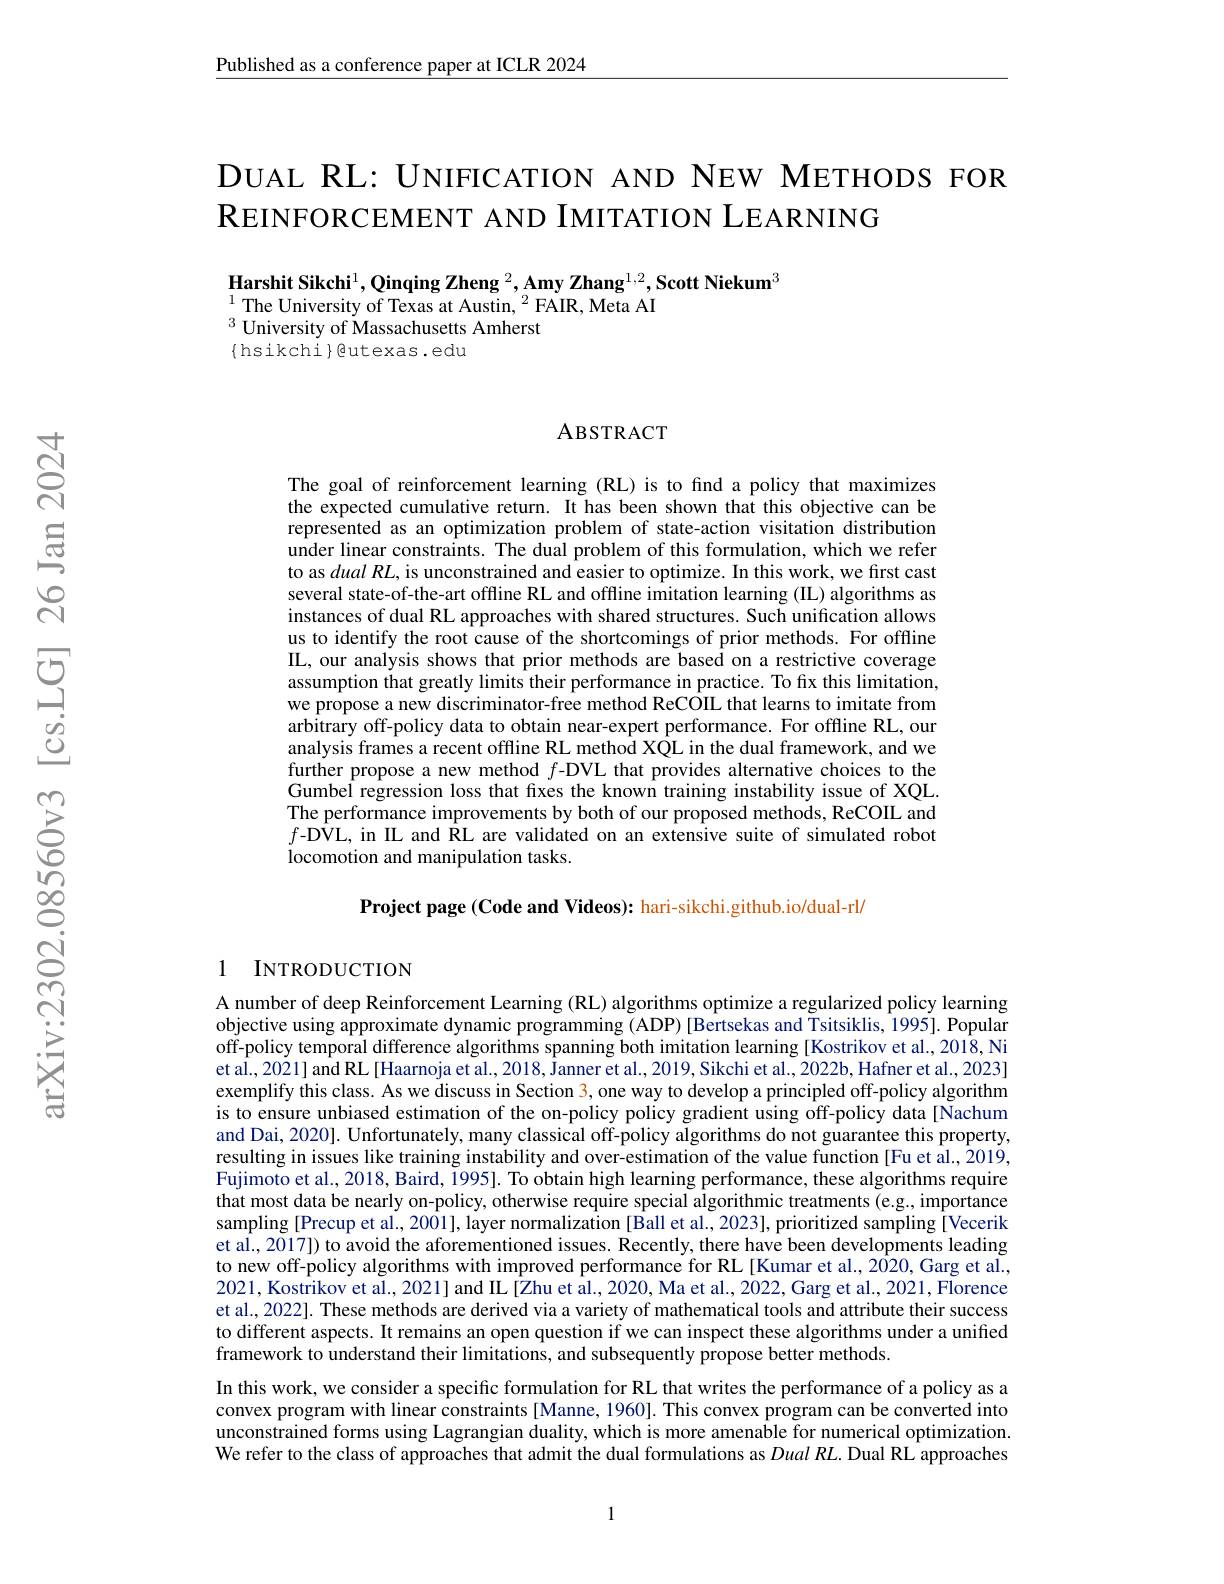
$\underline{\text{Published as a conference paper at ICLR 2024}}$

DUAL RL: UNIFICATION AND NEW METHODS FOR
$\mathbf{R}$EINFORCEMENT AND IMITATION LEARNING

Harshit Sikchi$^1,\textbf{Qinqing Zheng}^2,\textbf{Amy Zhang}^{1,2},\textbf{Scott Niekum}^3$
$^{1}{\mathrm{~The~University~of~Texas~at~Austin,~}^{2}}{\mathrm{~FAIR,~Meta~AI}}$
$^{3}$ University of Massachusetts Amherst
$\{$hsikchi$\}$eutexas.edu

ABSTRACT

The goal of reinforcement learning (RL) is to find a policy that maximizes the expected cumulative return. It has been shown that this objective can be represented as an optimization problem of state-action visitation distribution under linear constraints. The dual problem of this formulation, which we refer to as $dualRL$, is unconstrained and easier to optimize. In this work, we first cast several state-of-the-art offline RL and offline imitation learning (IL) algorithms as instances of dual RL approaches with shared structures. Such unification allows us to identify the root cause of the shortcomings of prior methods. For offline IL, our analysis shows that prior methods are based on a restrictive coverage assumption that greatly limits their performance in practice. To fix this limitation, we propose a new discriminator-free method ReCOIL that learns to imitate from arbitrary off-policy data to obtain near-expert performance. For offline RL, our analysis frames a recent offline RL method XQL in the dual framework, and we further propose a new method $f$-DVL that provides alternative choices to the Gumbel regression loss that fixes the known training instability issue of XQL. The performance improvements by both of our proposed methods, ReCOIL and $f$-DVL, in IL and RL are validated on an extensive suite of simulated robot locomotion and manipulation tasks.

Project page (Code and Videos): hari-sikchi.github.io/dual-rl/

### 1 INTRODUCTION

A number of deep Reinforcement Learning (RL) algorithms optimize a regularized policy learning objective using approximate dynamic programming (ADP) [Bertsekas and Tsitsiklis, 1995]. Popular off-policy temporal difference algorithms spanning both imitation learning [Kostrikov et al., 2018, Ni et al., 2021] and RL[Haarnoja et al., 2018, Janner et al., 2019, Sikchi et al., 2022b, Hafner et al., 2023] exemplify this class. As we discuss in Section 3, one way to develop a principled off-policy algorithm is to ensure unbiased estimation of the on-policy policy gradient using off-policy data[Nachum and Dai, 2020]. Unfortunately, many classical off-policy algorithms do not guarantee this property, resulting in issues like training instability and over-estimation of the value function [Fu et al., 2019, Fujimoto et al., 2018, Baird, 1995]. To obtain high learning performance, these algorithms require that most data be nearly on-policy, otherwise require special algorithmic treatments (e.g., importance sampling [Precup et al., 2001], layer normalization [Ball et al., 2023], prioritized sampling [Vecerik et al., 2017]) to avoid the aforementioned issues. Recently, there have been developments leading to new off-policy algorithms with improved performance for RL[Kumar et al., 2020, Garg et al., 2021, Kostrikov et al., 2021] and IL[Zhu et al., 2020, Ma et al., 2022, Garg et al., 2021, Florence et al., 2022]. These methods are derived via a variety of mathematical tools and attribute their success to different aspects. It remains an open question if we can inspect these algorithms under a unified framework to understand their limitations, and subsequently propose better methods.
In this work, we consider a specific formulation for RL that writes the performance of a policy as a convex program with linear constraints [Manne, 1960]. This convex program can be converted into unconstrained forms using Lagrangian duality, which is more amenable for numerical optimization. We refer to the class of approaches that admit the dual formulations as $Dual\textit{RL. Dual RL approaches}$

1